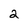
Character: 2